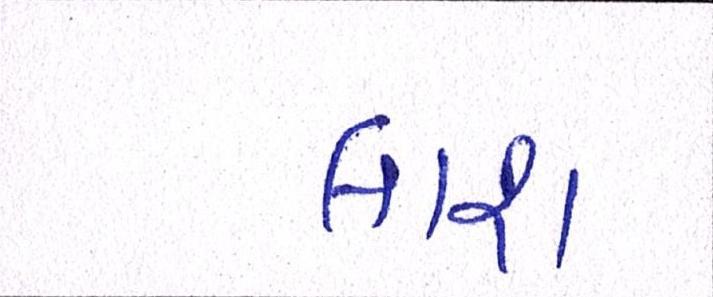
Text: લાશ